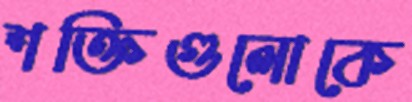
শক্তিগুলোকে